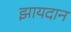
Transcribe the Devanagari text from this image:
झायदान